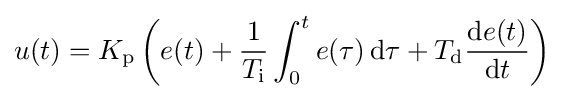
u(t)=K_{\text{p}}\left(e(t)+{\frac {1}{T_{\text{i}}}}\int _{0}^{t}e(\tau )\,\mathrm {d} \tau +T_{\text{d}}{\frac {\mathrm {d} e(t)}{\mathrm {d} t}}\right)